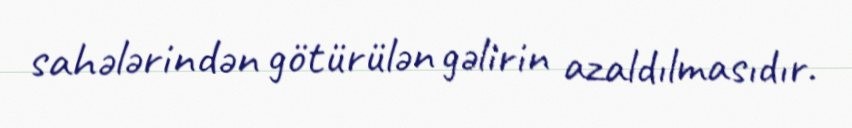
sahələrindən götürülən gəlirin azaldılmasıdır.